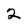
Character: 2